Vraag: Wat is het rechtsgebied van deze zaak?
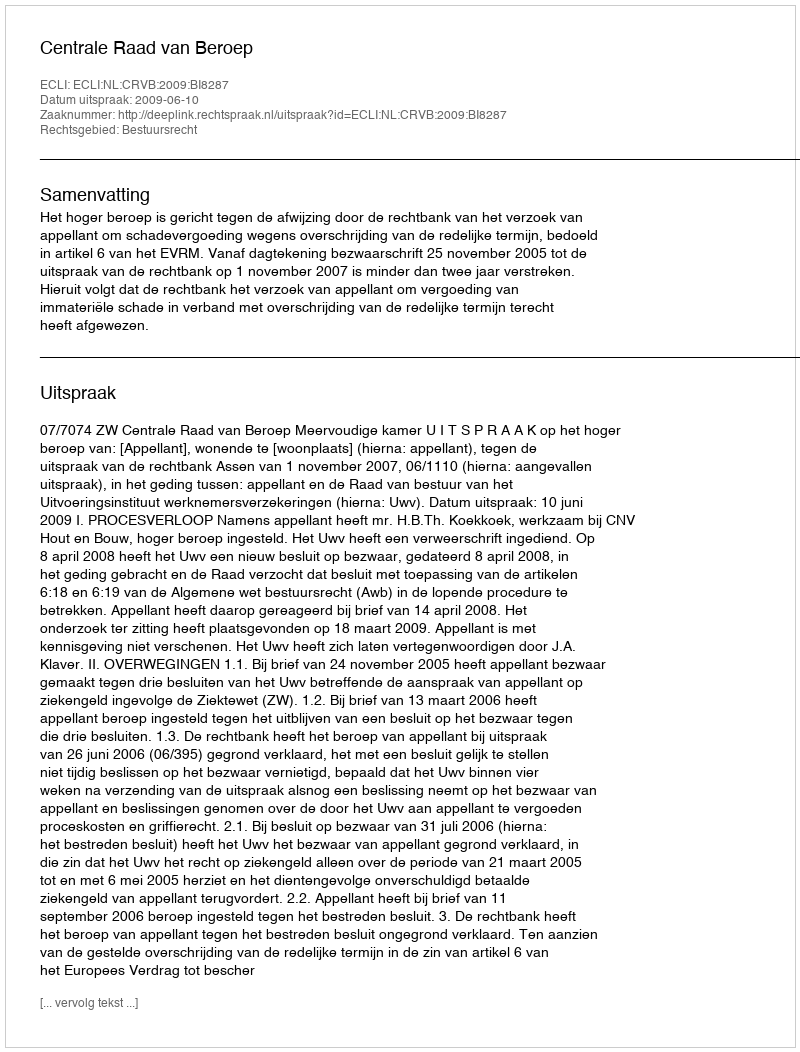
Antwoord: Bestuursrecht